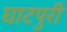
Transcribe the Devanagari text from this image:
घाटपुरी